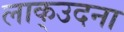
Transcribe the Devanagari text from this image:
लाक्उदना